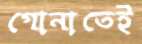
গোনাতেই